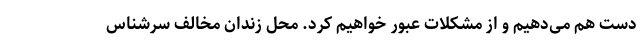
دست هم می‌دهیم و از مشکلات عبور خواهیم کرد. محل زندان مخالف سرشناس